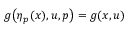
g \big ( \eta _ { p } ( x ) , u , p \big ) = g ( x , u )